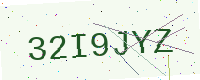
Text: 32I9JYZ